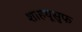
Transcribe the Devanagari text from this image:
शाहयूसुफ